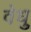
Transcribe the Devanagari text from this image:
वेधु